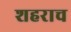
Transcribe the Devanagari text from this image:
शहराच